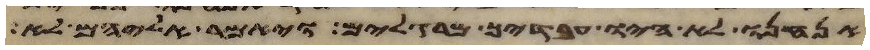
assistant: אנחנו לא היו עבדיך מרגלים ויאמר אליהם לא